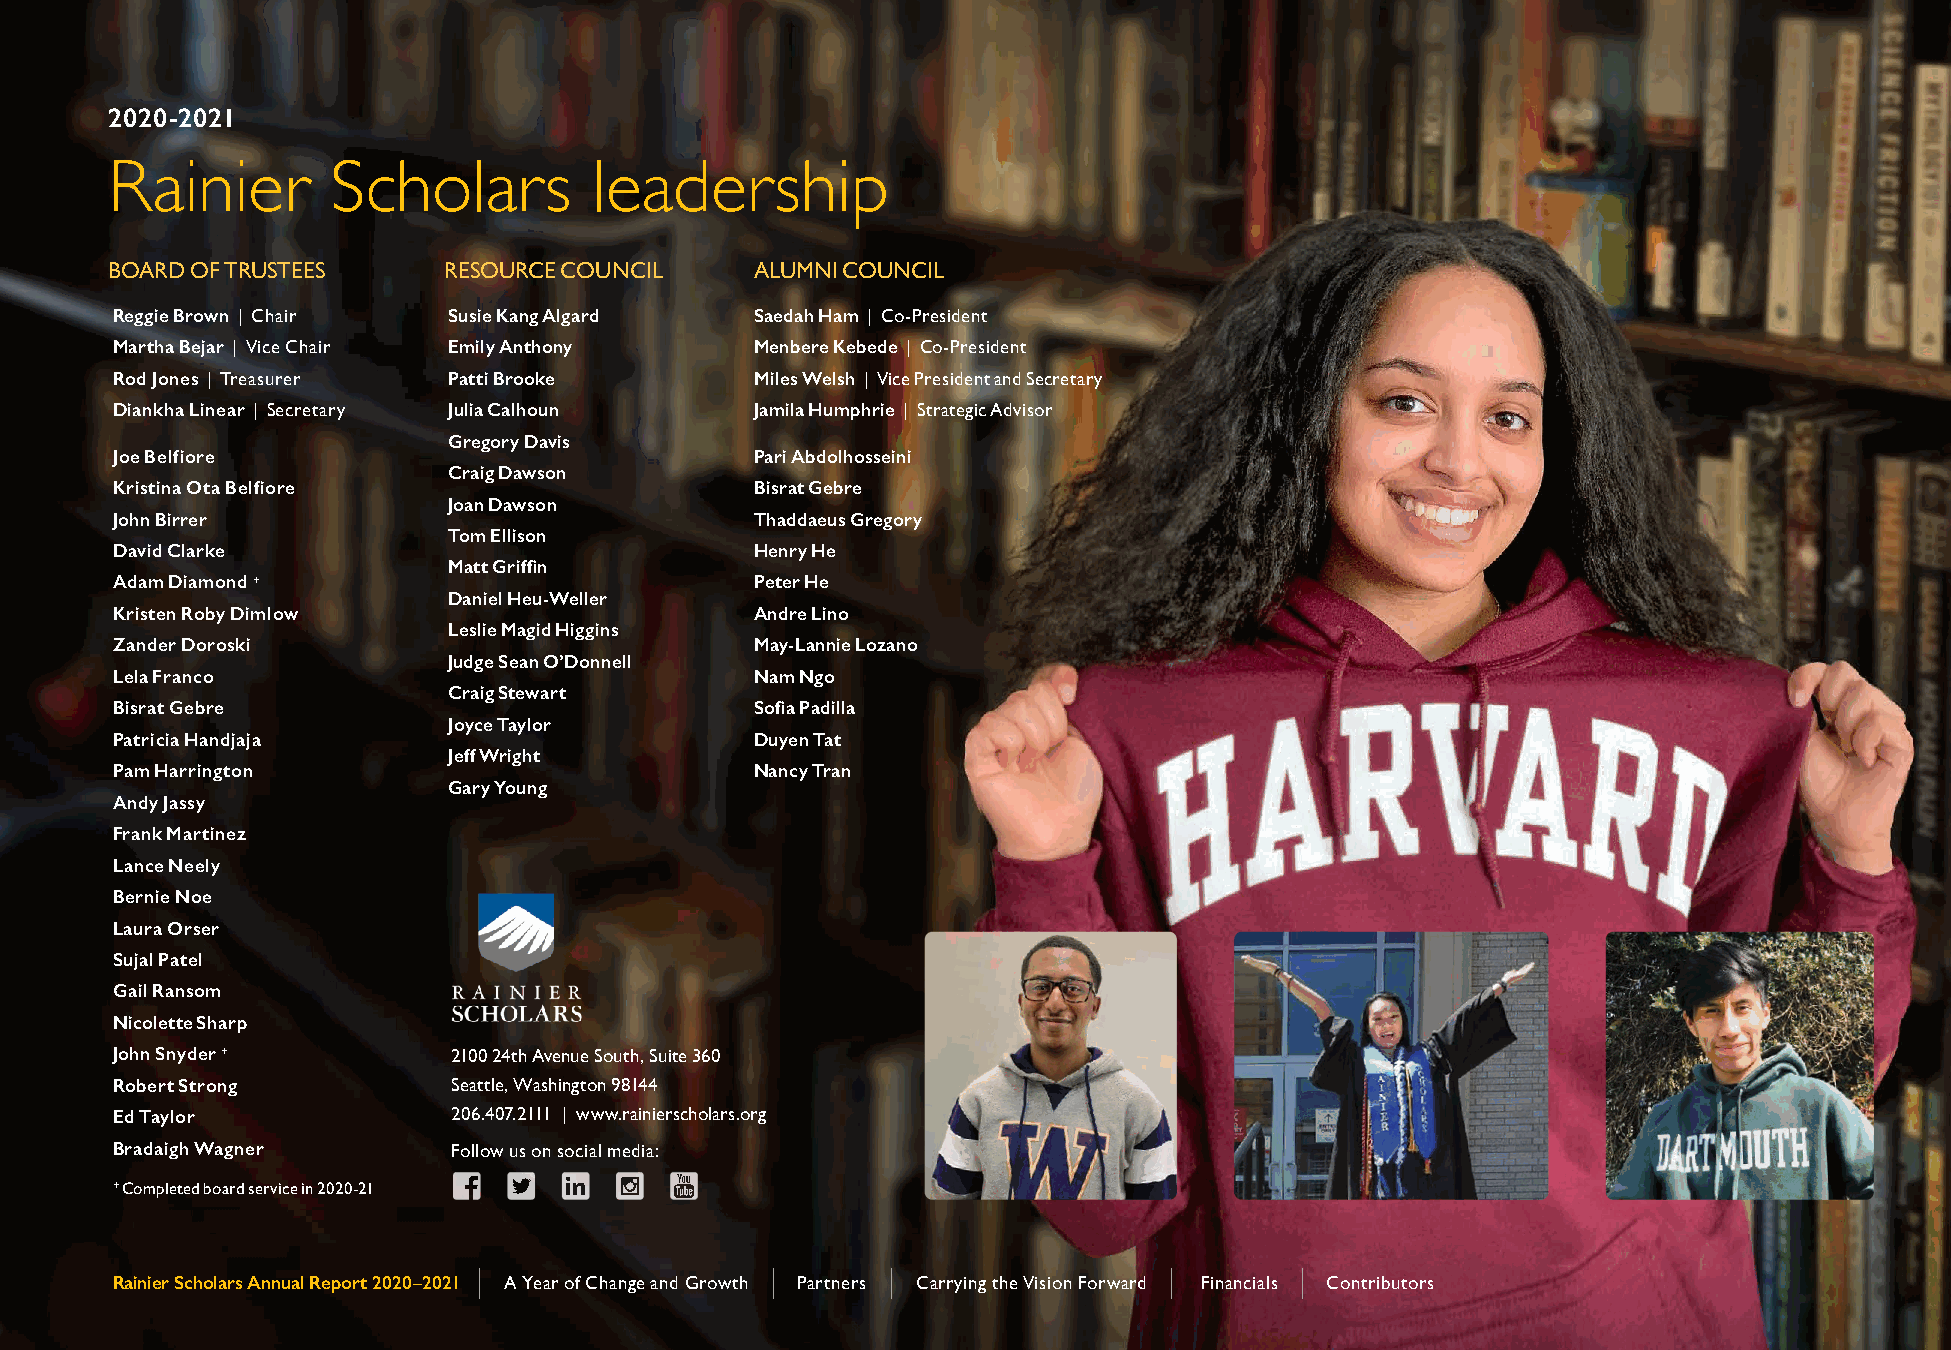
2020-2021
 Rainier        Scholars         leadership
 B OARD OF TRUSTEES    R ESOURCE COUNCIL    ALUMNI COUNCIL
 Reggie Brown | Chair   Susie Kang Algard   Saedah Ham | Co-President
 Martha Bejar | Vice Chair Emily Anthony    Menbere Kebede | Co-President
 Rod Jones | Treasurer  Patti Brooke        Miles Welsh | Vice President and Secretary
 Diankha Linear | Secretary Julia Calhoun   Jamila Humphrie | Strategic Advisor
 Gregory Davis
 Joe Belfiore                               Pari Abdolhosseini
 Craig Dawson
 Kristina Ota Belfiore                      Bisrat Gebre
 Joan Dawson
 John Birrer                                Thaddaeus Gregory
 Tom Ellison
 David Clarke                               Henry He
 Matt Griffin
 Adam Diamond +                             Peter He
 Daniel Heu-Weller
 Kristen Roby Dimlow                        Andre Lino
 Leslie Magid Higgins
 Zander Doroski                             May-Lannie Lozano
 Judge Sean O’Donnell
 Lela Franco                                Nam Ngo
 Craig Stewart
 Bisrat Gebre                               Sofia Padilla
 Joyce Taylor
 Patricia Handjaja                          Duyen Tat
 Jeff Wright
 Pam Harrington                             Nancy Tran
 Gary Young
 Andy Jassy
 Frank Martinez
 Lance Neely
 Bernie Noe
 Laura Orser
 Sujal Patel
 Gail Ransom
 Nicolette Sharp
 John Snyder +          2100 24th Avenue South, Suite 360
 Robert Strong          Seattle, Washington 98144
 Ed Taylor              206.407.2111 | www.rainierscholars.org
 Bradaigh Wagner        Follow us on social media:
 + Completed board service in 2020-21
 ||                 ||      ||                ||       ||
 RRaaiinniieerr SScchhoollaarrss AAnnnnuuaall RReeppoorrtt 22002200––22002211 AA YYeeaarr ooff CChhaannggee aanndd GGrroowwtthh PPaarrttnneerrss CCaarrrryyiinngg tthhee VViissiioonn FFoorrwwaarrdd FFiinnaanncciiaallss CCoonnttrriibbuuttoorrss